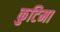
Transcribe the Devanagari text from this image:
कुटिमा